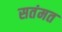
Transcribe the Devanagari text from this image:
सतंमत